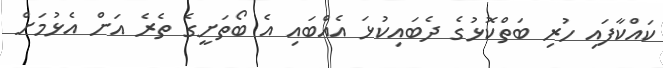
ކައްކާފައި ހުރި ބަތްކޮޅުގެ ދެބައިކުޅަ އެއްބައި އެ ބޯތަށީގެ ތެރެ އަށް އެޅުމަށް